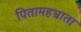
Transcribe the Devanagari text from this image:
पितामहभ्राता